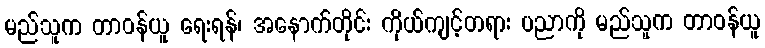
မည်သူက တာဝန်ယူ ရေးရန်၊ အနောက်တိုင်း ကိုယ်ကျင့်တရား ပညာကို မည်သူက တာဝန်ယူ